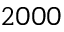
2 0 0 0